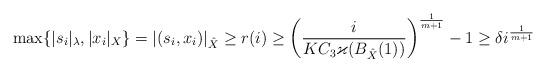
LaTeX: \begin{align*} \max\{|s_i|_\lambda,|x_i|_X\}=|(s_i,x_i)|_{\hat X}\ge r(i)\ge\left(\frac{i}{KC_3\varkappa(B_{\hat X}(1))}\right)^{\frac1{m+1}}-1\ge\delta i^{\frac1{m+1}}\end{align*}